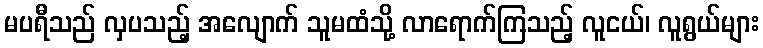
မပရီသည် လှပသည့် အလျောက် သူမထံသို့ လာရောက်ကြသည့် လူငယ်၊ လူရွယ်များ